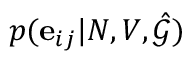
p ( \mathbf { e } _ { i j } | N , V , \hat { \mathcal { G } } )